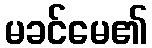
မခင်မေ၏